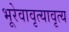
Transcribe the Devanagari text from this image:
भूरेवावृत्यावृत्य